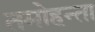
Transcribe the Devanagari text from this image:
तमोहन्ता